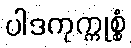
ပါဒကုက္ကုစ္စံ